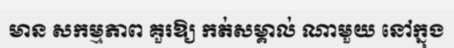
មាន សកម្មភាព គួរឱ្យ កត់សម្គាល់ ណាមួយ នៅក្នុង